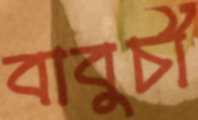
বাবুর্চী